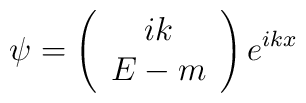
\psi =\left( \begin{array}{c}ik \\ E-m\end{array}\right) e^{ikx}